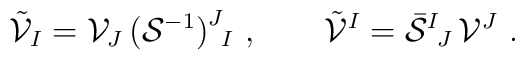
\tilde{\cal V}_I = {\cal V}_J\,\big({\cal S}^{-1}\big)^J{}_{\!I}\ ,\qquad\tilde{\cal V}^I = \bar{\cal S}^I{}_{\!J}\,  {\cal V}^J\ .